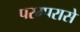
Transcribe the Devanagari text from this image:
परम्परासे